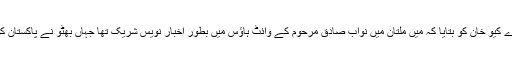
اس موقع پر راقم الحروف نے ڈاکٹر اے کیو خان کو بتایا کہ میں ملتان میں نواب صادق مرحوم کے وائٹ ہاؤس میں بطور اخبار نویس شریک تھا جہاں بھٹو نے پاکستان کو ایٹمی طاقت بنانے کا اعلان کیا تھا۔